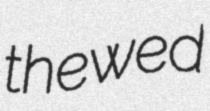
thewed